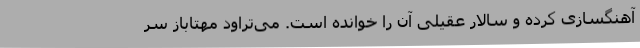
آهنگسازی کرده و سالار عقیلی آن را خوانده است. می‌تراود مهتاباز سر